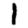
Digit: 1